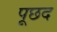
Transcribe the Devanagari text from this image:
पूछद